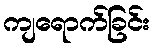
ကျရောက်ခြင်း